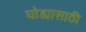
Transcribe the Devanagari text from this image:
घोड्यासाठी